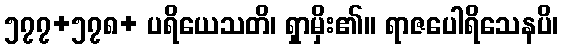
၅၇၇+၅၇၈+ ပရိယေသတိ၊ ရှာမှိး၏။ ရာဇပေါရိသေနပိ၊